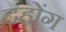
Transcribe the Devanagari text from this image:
दहोंग